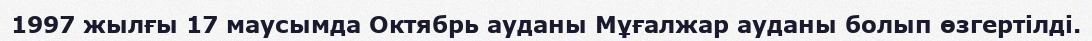
1997 жылғы 17 маусымда Октябрь ауданы Мұғалжар ауданы болып өзгертілді.